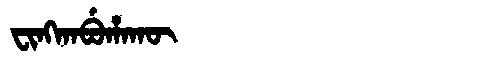
Manchu: ᠸᡳᠩᡴᠠᠪᡠᡥᠠᡴᡡ
Romanization: FINGKABUHAKŪ